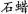
置于25℃的环境中进行下图所示的实验。两温度计的